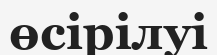
өсірілуі